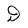
Character: D